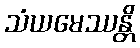
သံယမေဿန္တိ